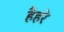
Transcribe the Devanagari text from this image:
हैहरे